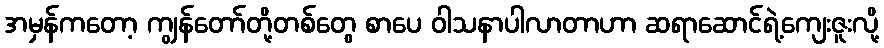
အမှန်ကတော့ ကျွန်တော်တို့တစ်တွေ စာပေ ဝါသနာပါလာတာဟာ ဆရာဆောင်ရဲ့ကျေးဇူးလို့